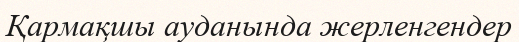
Қармақшы ауданында жерленгендер